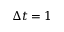
\Delta t = 1